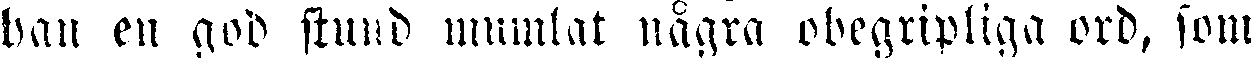
han en god stund mumlat några obegripliga ord, som